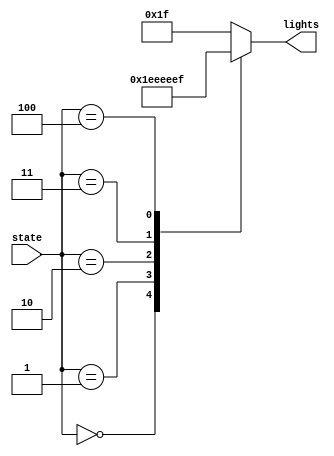
module state_indicator(
input [2:0] state,
output reg [4:0] lights
);

always@ (*)
begin
	case(state)
		3'd0:
			lights = 5'b11110;
		3'd1:
			lights = 5'b11101;
		3'd2:
			lights = 5'b11011;
		3'd3:
			lights = 5'b10111;
		3'd4:
			lights = 5'b01111;
		default:
			lights = 5'b11111;
	endcase
end

endmodule